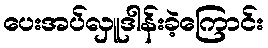
ပေးအပ်လှူဒါန်းခဲ့ကြောင်း